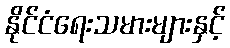
နိုင်ငံရေးသမားများနှင့်